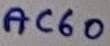
Text: AC60